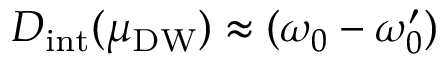
D _ { \mathrm { i n t } } ( \mu _ { \mathrm { D W } } ) \approx ( \omega _ { 0 } - \omega _ { 0 } ^ { \prime } )